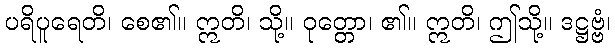
ပရိပူရေတိ၊ စေ၏။ ဣတိ၊ သို့။ ဝုတ္တော၊ ၏။ ဣတိ၊ ဤသို့။ ဒဋ္ဌဗ္ဗံ၊